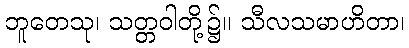
ဘူတေသု၊ သတ္တဝါတို့၌။ သီလသမာဟိတာ၊